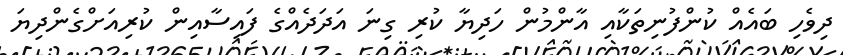
ދިވެހި ބައެއް ކުންފުނިތަކާއި އާންމުން ހަދިޔާ ކުރި ގިނަ އަދަދެއްގެ ފައިސާއިން ކުރިއަށްގެންދިޔަ